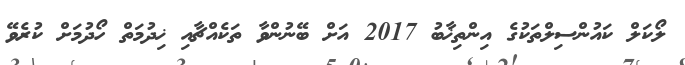
ލޯކަލް ކައުންސިލްތަކުގެ އިންތިޚާބު 2017 އަށް ބޭނުންވާ ތަކެއްޗާއި ޚިދުމަތް ހޯދުމަށް ކުރެވޭ